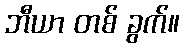
ဘီယာ တစ် ခွက်။